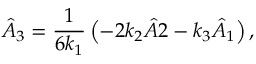
\hat { A } _ { 3 } = \frac { 1 } { 6 k _ { 1 } } \left( - 2 k _ { 2 } \hat { A } 2 - k _ { 3 } \hat { A } _ { 1 } \right) ,